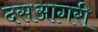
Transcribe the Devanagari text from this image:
दसआगरी